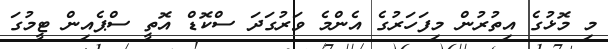
މި މޮޅުގެ އިތުރުން މިފަހަރުގެ އެންމެ ވަރުގަދަ ސްކޮޑް އޮތީ ސްޕެއިން ޓީމުގަ